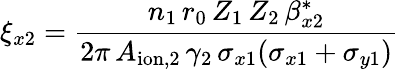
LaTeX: \xi_{x2}=\frac{n_{1}\, r_{0}\, Z_{1}\, Z_{2}\, \beta_{x2}^{*}}{2\pi\, A_{\mathrm{ion},2}\, \gamma_{2}\, \sigma_{x1}(\sigma_{x1}+\sigma_{y1})}